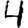
Digit: 4